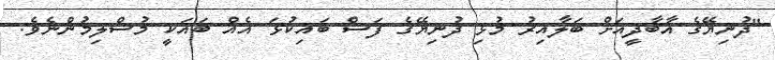
"ދުނިޔޭގެ އާބާދީއަށް ބަލާއިރު މުޅި ދުނިޔޭގެ ފަސް ބައިކުޅަ އެއް ބައަކީ މުސްލިމުންނެވެ.